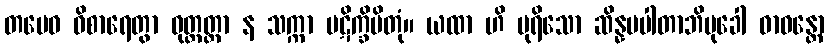
တမေဝ ဝိစာရေတွာ ဝုတ္တတ္တာ န သက္ကာ ပဋိက္ခိပိတုံ။ ယထာ ဟိ ပုရိသော ဆိန္နပပါတာဘိမုခေါ ဓာဝန္တော